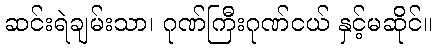
ဆင်းရဲချမ်းသာ၊ ဂုဏ်ကြီးဂုဏ်ငယ် နှင့်မဆိုင်။